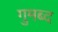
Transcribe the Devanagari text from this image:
गुमब्द